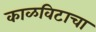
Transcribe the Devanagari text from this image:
काळविटाचा